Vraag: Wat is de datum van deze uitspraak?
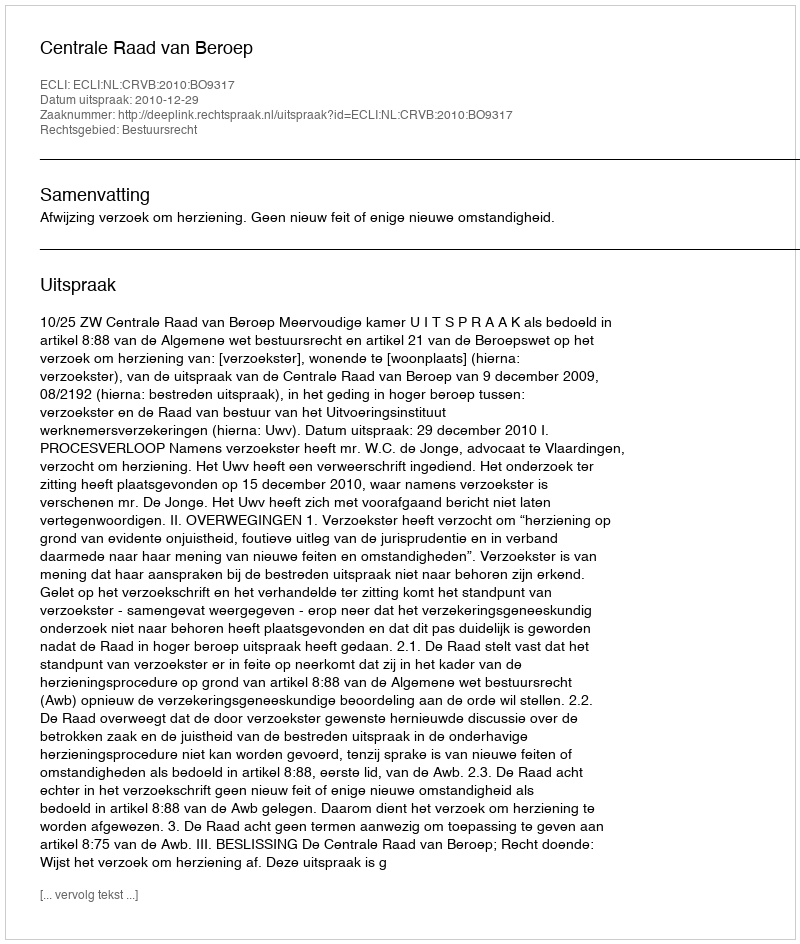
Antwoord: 2010-12-29